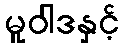
မူဝါဒနှင့်